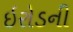
ઇરોડની